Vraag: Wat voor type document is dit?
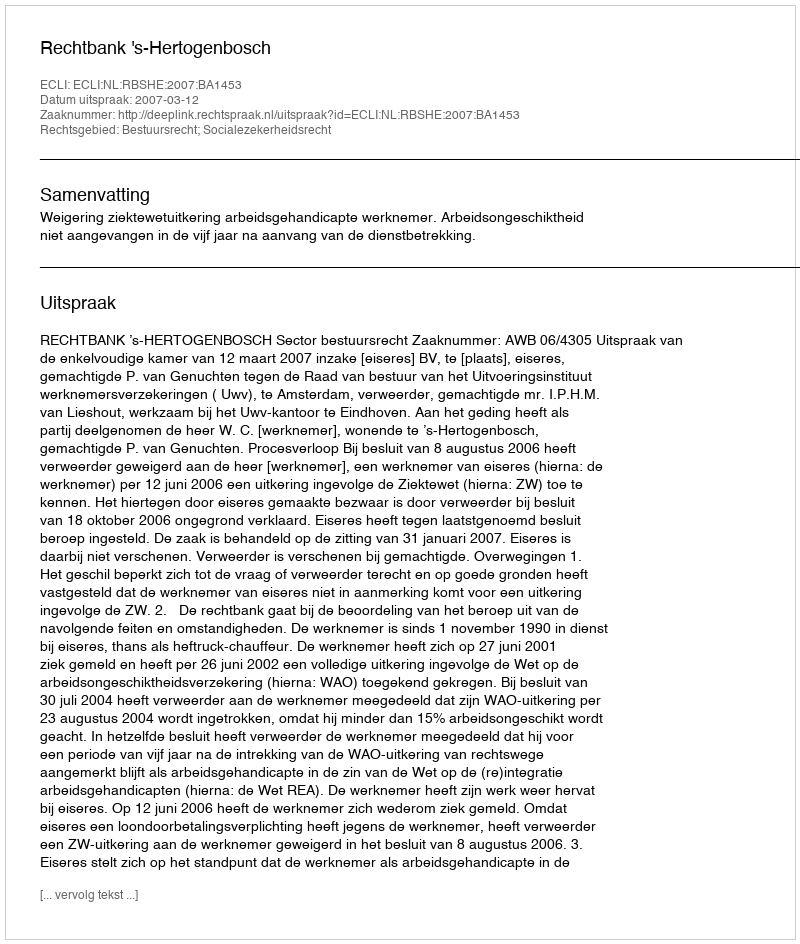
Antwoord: Uitspraak